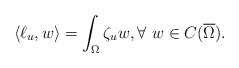
\begin{align*} \langle\ell_u,w\rangle=\int_\Omega \zeta_u w,\forall\ w\in C(\overline{\Omega}).\end{align*}